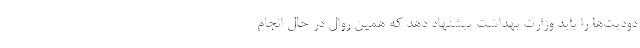
دودیت‌ها را باید وزارت بهداشت پیشنهاد دهد که همین روال در حال انجام